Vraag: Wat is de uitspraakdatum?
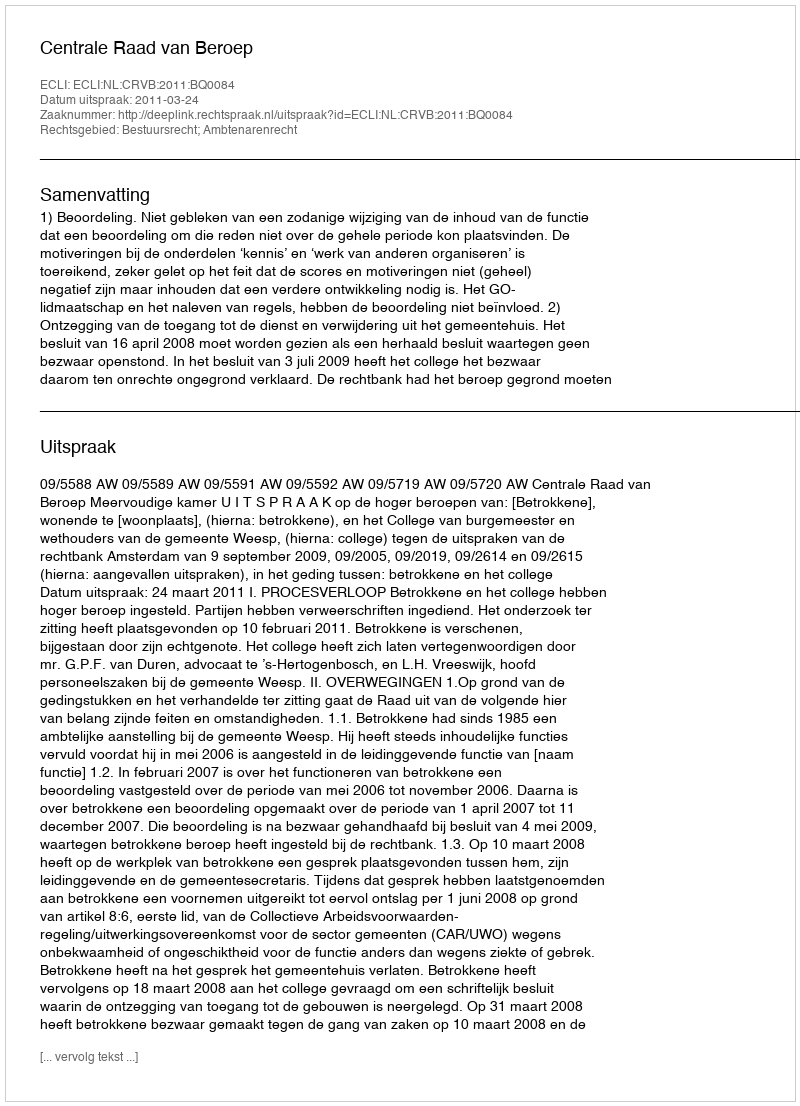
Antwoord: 2011-03-24